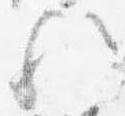
歟